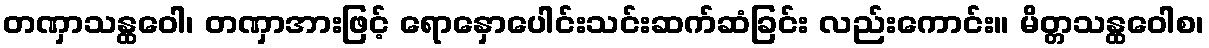
တဏှာသန္ထဝေါ၊ တဏှာအားဖြင့် ရောနှောပေါင်းသင်းဆက်ဆံခြင်း လည်းကောင်း။ မိတ္တသန္ထဝေါစ၊